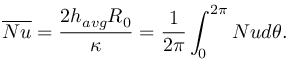
\overline { { N u } } = \frac { 2 h _ { a v g } R _ { 0 } } { \kappa } = \frac { 1 } { 2 \pi } \int _ { 0 } ^ { 2 \pi } N u d \theta .